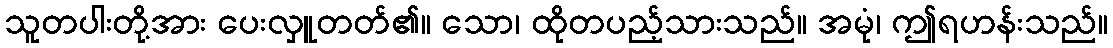
သူတပါးတို့အား ပေးလှူတတ်၏။ သော၊ ထိုတပည့်သားသည်။ အမုံ၊ ဤရဟန်းသည်။